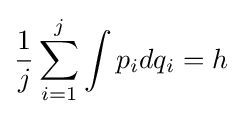
{\frac {1}{j}}\sum _{i=1}^{j}\int {p_{i}dq_{i}}=h